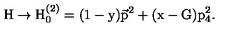
\mathrm { H \to H _ { 0 } ^ { ( 2 ) } = ( 1 - y ) \vec { p } ^ { 2 } + ( x - G ) p _ { 4 } ^ { 2 } . }